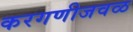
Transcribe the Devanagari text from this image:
करगणीजवळ